Civil Veterinary Dept. Bombay admin report 1932-41 - 1932-1941
Year: 1932
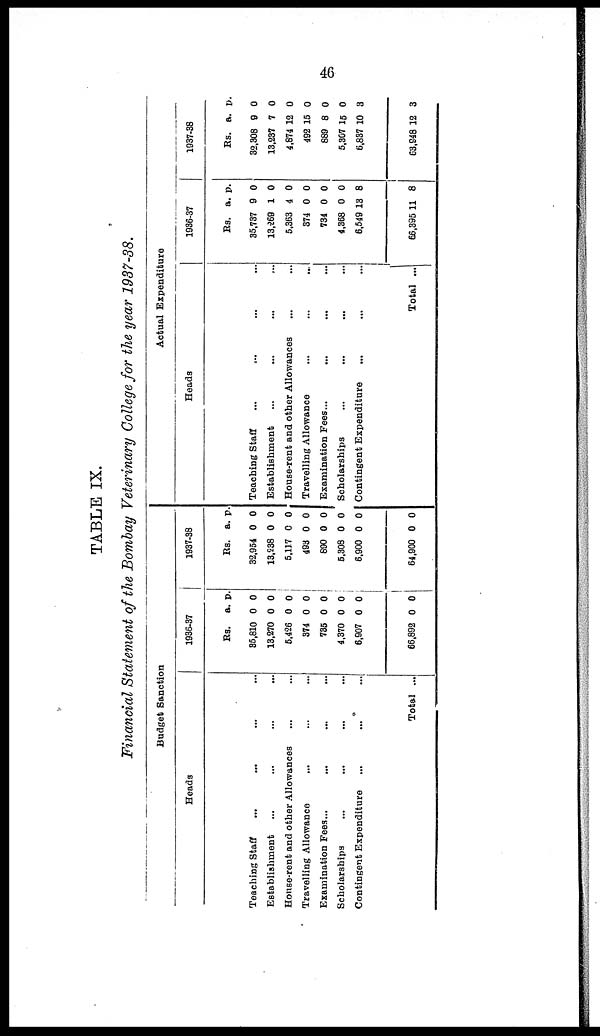
46
TABLE IX.
Financial Statement of the Bombay Veterinary College for the year 1937-38.
Budget Sanction
Heads
Teaching Staff ... ... ... ...
Establishment ... ... ... ...
House-rent and other Allowances ... ...
Travelling Allowance ... ... ... ...
Examination Fees... ... ... ...
Scholarships ... ... ... ...
Contingent Expenditure ... ... ...
Total ...
1936-37
Rs.
35,810
13.270
5,426
374
735
4,370
6,907
66,892
a.
0
0
0
0
0
0
0
0
p.
0
0
0
0
0
0
0
0
1937-38
Rs.
32,954
13,538
6,117
493
890
5,308
6,900
64,900
a.
0
0
0
0
0
0
0
0
p.
0
0
0
0
0
0
0
0
Actual Expenditure
Heads
Teaching Staff ... ... ... ...
Establishment
...
...
... ...
House-rent and other Allowances ... ...
Travelling Allowance ... ... ...
Examination Fees...
... ... ...
Scholarships
...
...
... ...
Contingent Expenditure
... ... ...
Total ...
1936-37
Rs.
35,737
13,269
5,363
374
734
4,368
6,549
66,395
a.
9
1
4
0
0
0
13
11
p.
0
0
0
0
0
0
8
8
1937-38
Rs.
32,308
13,237
4,874
492
889
5,307
6,837
63,948
a.
9
7
12
15
8
16
10
12
p.
0
0
0
0
0
0
3
3